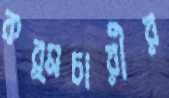
কর্মচারীর